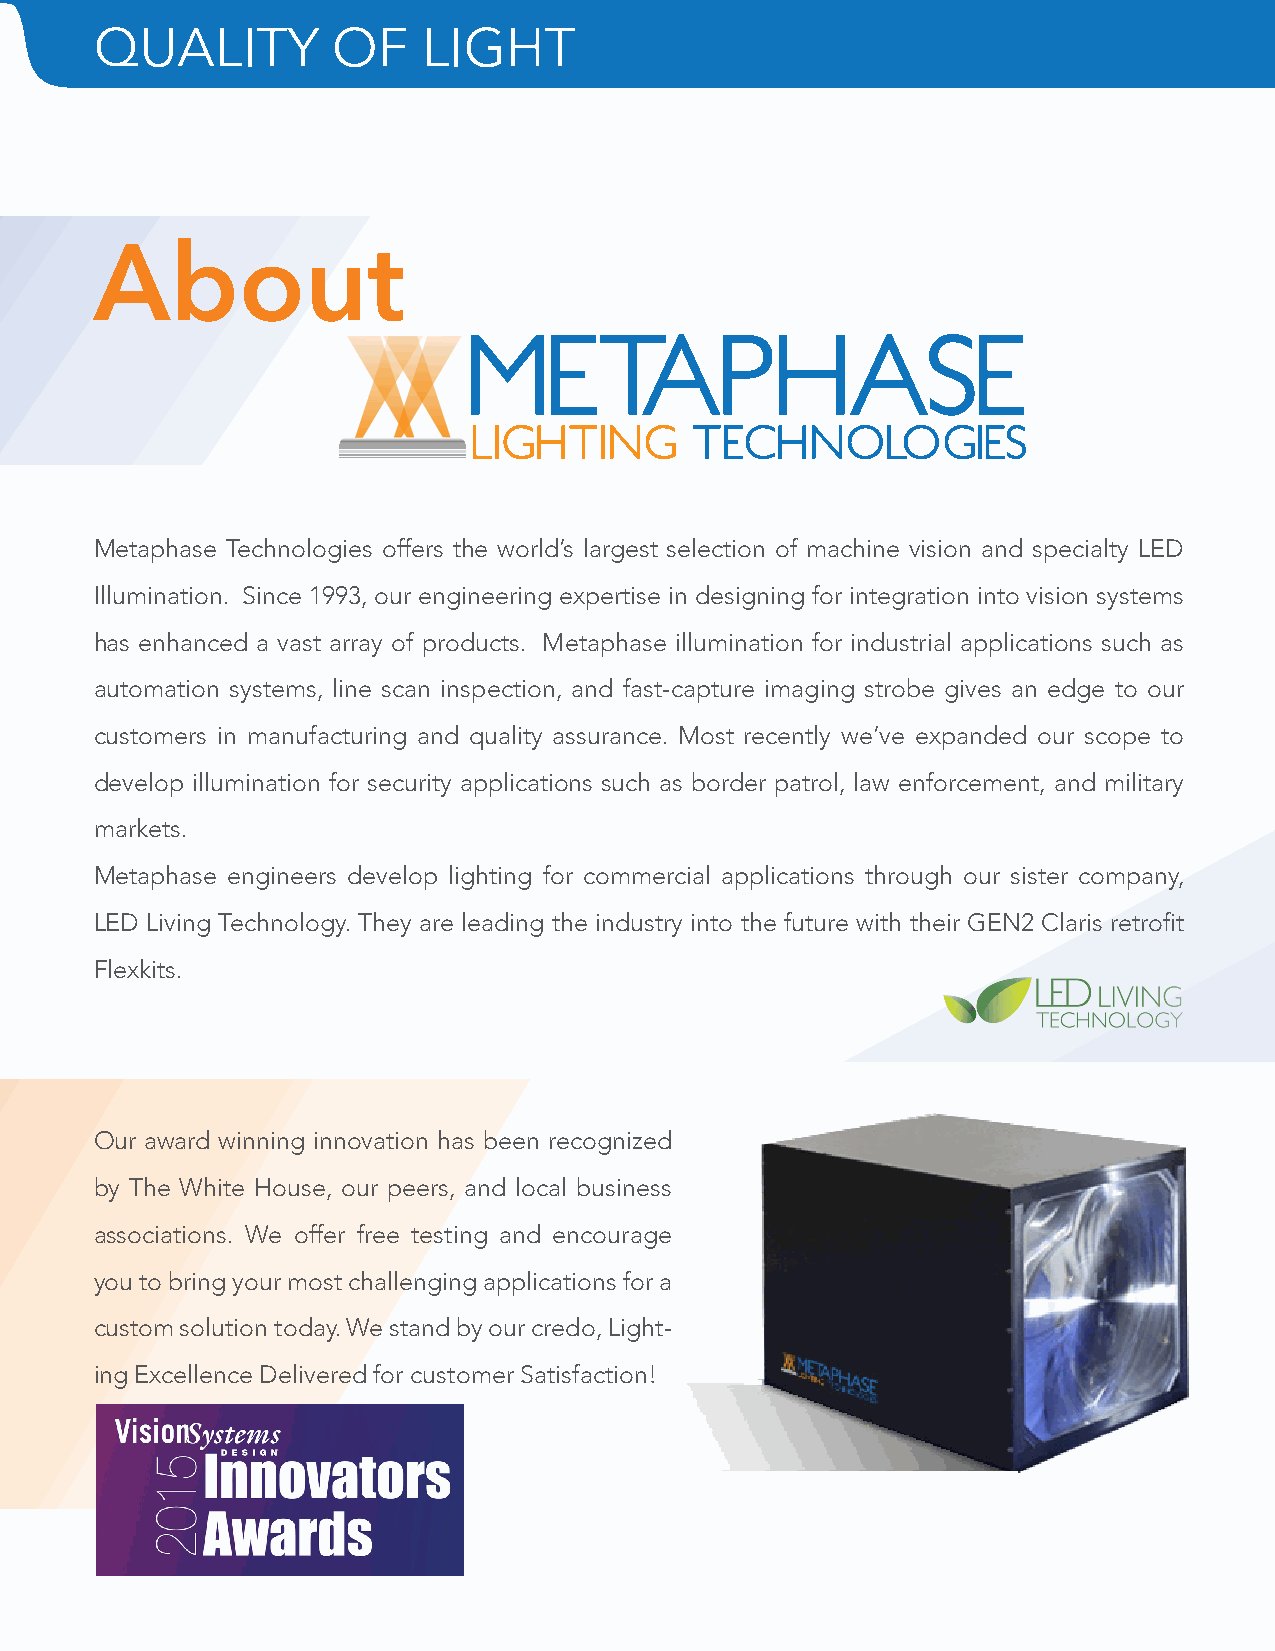
QUALITY         OF    LIGHT
 About
 Metaphase Technologies offers the world’s largest selection of machine vision and specialty LED
 Illumination. Since 1993, our engineering expertise in designing for integration into vision systems
 has enhanced a vast array of products. Metaphase illumination for industrial applications such as
 automation systems, line scan inspection, and fast-capture imaging strobe gives an edge to our
 customers in manufacturing and quality assurance. Most recently we’ve expanded our scope to
 develop illumination for security applications such as border patrol, law enforcement, and military
 markets.
 Metaphase engineers develop lighting for commercial applications through our sister company,
 LED Living Technology. They are leading the industry into the future with their GEN2 Claris retrofit
 Flexkits.
 Our award winning innovation has been recognized
 by The White House, our peers, and local business
 associations. We offer free testing and encourage
 you to bring your most challenging applications for a
 custom solution today. We stand by our credo, Light-
 ing Excellence Delivered for customer Satisfaction!